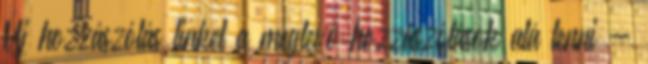
Új hozzászólás linket a meglevő hozzászólások alá tenni -